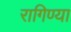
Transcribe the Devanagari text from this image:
रागिण्या